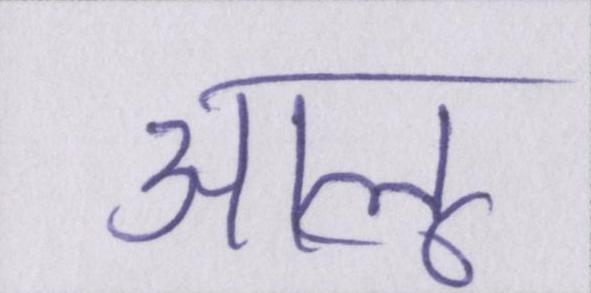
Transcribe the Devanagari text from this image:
आलू